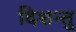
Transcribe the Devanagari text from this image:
दिशन्तु